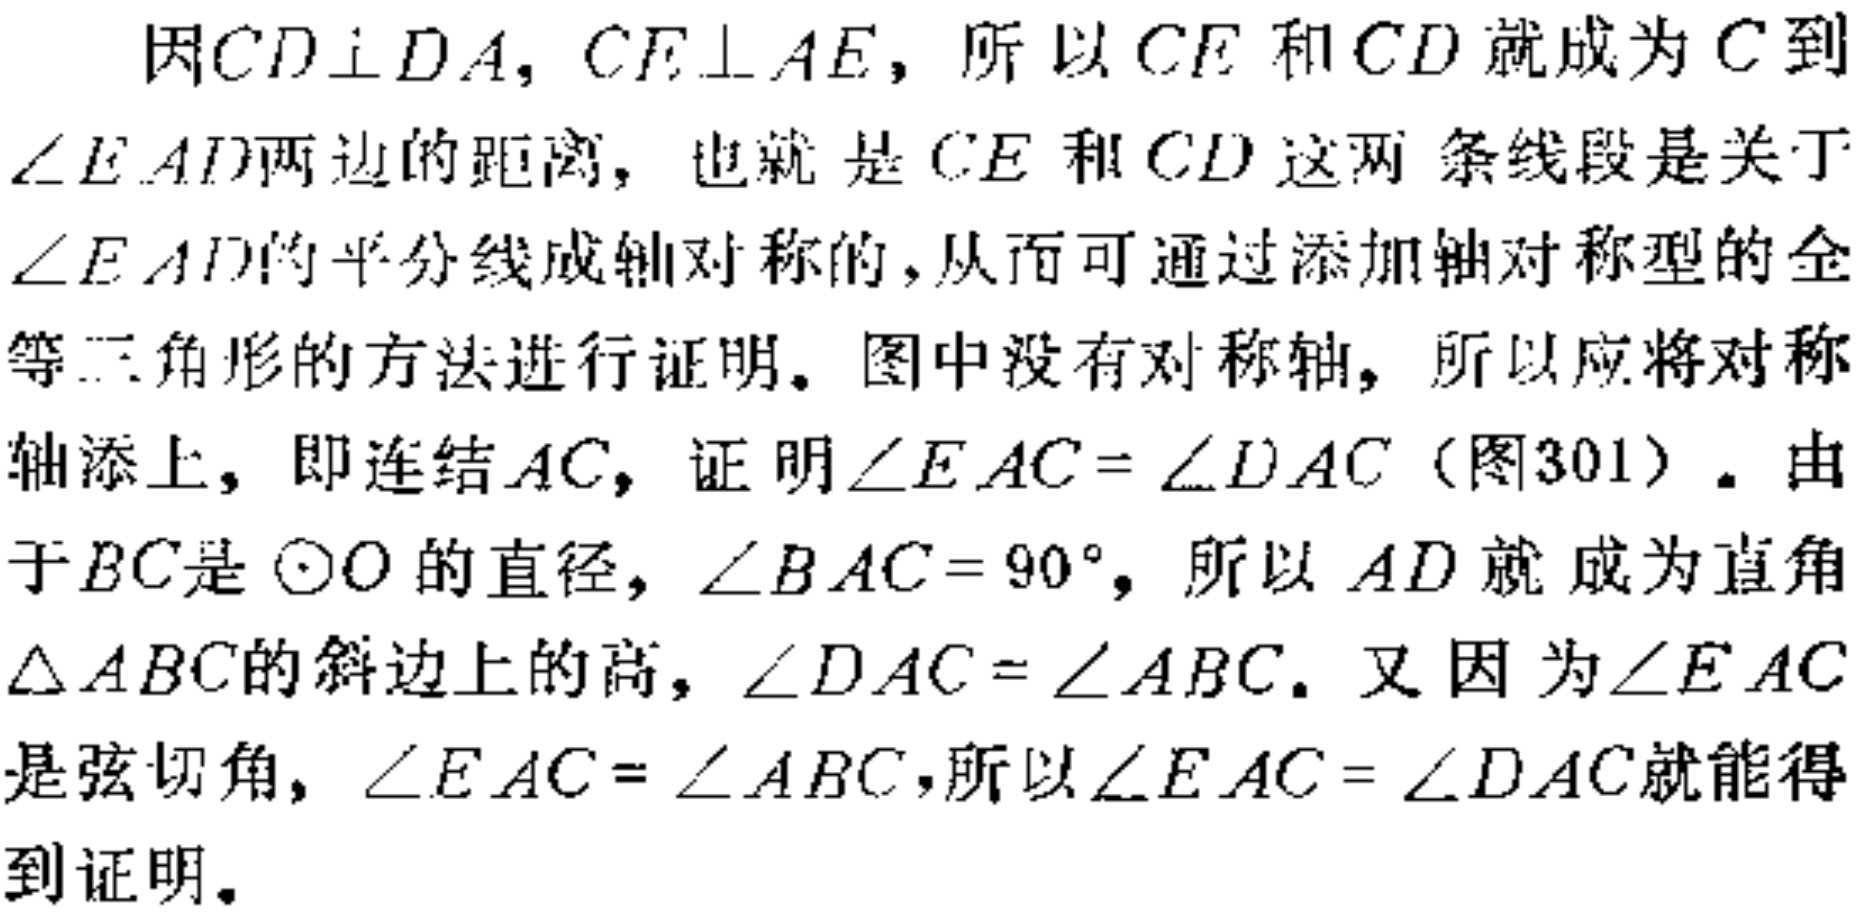
因\(CD\perp DA\)，\(CE\perp AE\)，所以 \(CE\) 和 \(CD\) 就成为 \(C\) 到\(\angle EAD\)两边的距离，也就是 \(CE\) 和 \(CD\) 这两条线段是关于\(\angle EAD\)的平分线成轴对称的，从而可通过添加轴对称型的全等三角形的方法进行证明。图中没有对称轴，所以应将对称轴添上，即连结 \(AC\)，证明\(\angle EAC = \angle DAC\)（图301）。由于 \(BC\)是\(\odot O\)的直径，\(\angle BAC = 90^{\circ}\)，所以 \(AD\) 就成为直角\(\triangle ABC\)的斜边上的高，\(\angle DAC = \angle ABC\)。又因为\(\angle EAC\)是弦切角，\(\angle EAC = \angle ABC\)，所以\(\angle EAC = \angle DAC\)就能得到证明。